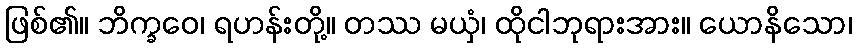
ဖြစ်၏။ ဘိက္ခဝေ၊ ရဟန်းတို့။ တဿ မယှံ၊ ထိုငါဘုရားအား။ ယောနိသော၊